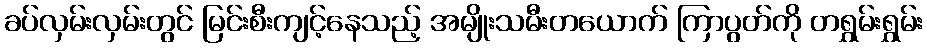
ခပ်လှမ်းလှမ်းတွင် မြင်းစီးကျင့်နေသည့် အမျိုးသမီးတယောက် ကြာပွတ်ကို တရွှမ်းရွှမ်း